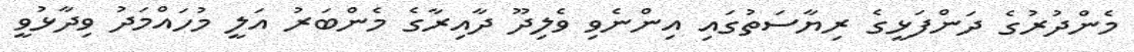
މެންދުރުގެ ދަންފަޅީގެ ރިޔާސަތުގައި އިންނެވި ވެލިދޫ ދާއިރާގެ މެންބަރު އަލީ މުހައްމަދު ވިދާޅުވީ